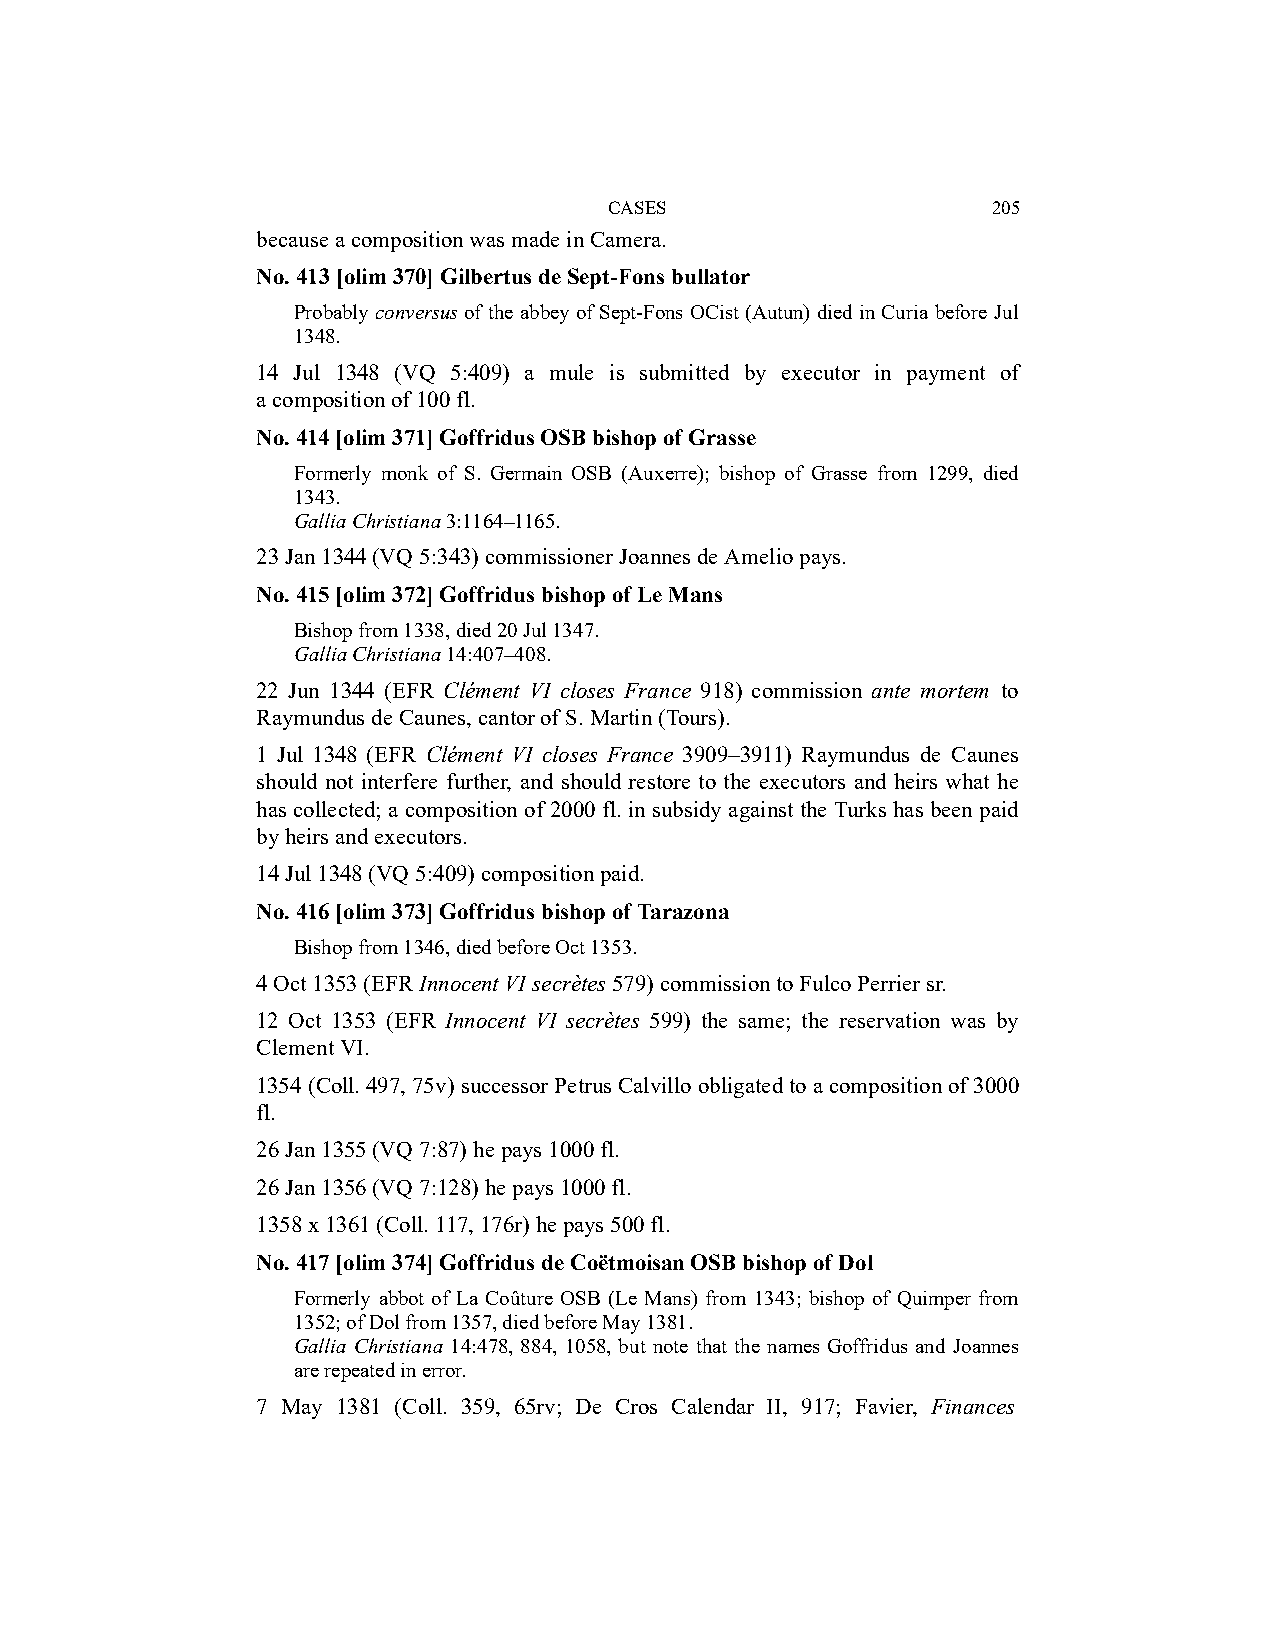
CASES                     205
 because a composition was made in Camera.
 No. 413 [olim 370] Gilbertus de Sept-Fons bullator
 Probably conversus of the abbey of Sept-Fons OCist (Autun) died in Curia before Jul
 1348.
 14 Jul 1348 (VQ 5:409) a mule is submitted by executor in payment of
 a composition of 100 fl.
 No. 414 [olim 371] Goffridus OSB bishop of Grasse
 Formerly monk of S. Germain OSB (Auxerre); bishop of Grasse from 1299, died
 1343.
 Gallia Christiana 3:1164–1165.
 23 Jan 1344 (VQ 5:343) commissioner Joannes de Amelio pays.
 No. 415 [olim 372] Goffridus bishop of Le Mans
 Bishop from 1338, died 20 Jul 1347.
 Gallia Christiana 14:407–408.
 22 Jun 1344 (EFR Clément VI closes France 918) commission ante mortem to
 Raymundus de Caunes, cantor of S. Martin (Tours).
 1 Jul 1348 (EFR Clément VI closes France 3909–3911) Raymundus de Caunes
 should not interfere further, and should restore to the executors and heirs what he
 has collected; a composition of 2000 fl. in subsidy against the Turks has been paid
 by heirs and executors.
 14 Jul 1348 (VQ 5:409) composition paid.
 No. 416 [olim 373] Goffridus bishop of Tarazona
 Bishop from 1346, died before Oct 1353.
 4 Oct 1353 (EFR Innocent VI secrètes 579) commission to Fulco Perrier sr.
 12 Oct 1353 (EFR Innocent VI secrètes 599) the same; the reservation was by
 Clement VI.
 1354 (Coll. 497, 75v) successor Petrus Calvillo obligated to a composition of 3000
 fl.
 26 Jan 1355 (VQ 7:87) he pays 1000 fl.
 26 Jan 1356 (VQ 7:128) he pays 1000 fl.
 1358 x 1361 (Coll. 117, 176r) he pays 500 fl.
 No. 417 [olim 374] Goffridus de Coëtmoisan OSB bishop of Dol
 Formerly abbot of La Coûture OSB (Le Mans) from 1343; bishop of Quimper from
 1352; of Dol from 1357, died before May 1381.
 Gallia Christiana 14:478, 884, 1058, but note that the names Goffridus and Joannes
 are repeated in error.
 7 May 1381 (Coll. 359, 65rv; De Cros Calendar II, 917; Favier, Finances